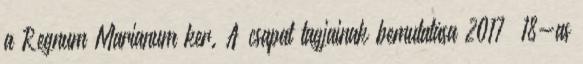
a Regnum Marianum ker. A csapat tagjainak bemutatása 2017 18-as